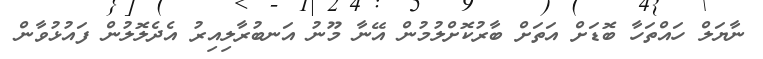
ނާޔަލް ހައްތަހާ ބޮޑަށް އަތަށް ބާރުކޮށްލުމުން އޭނާ މޫނު އަނބުރާލިއިރު އެދެލޮލުން ފައުޅުވާން